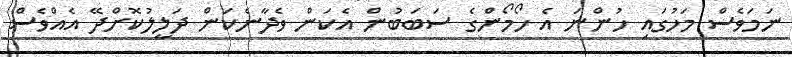
ނަމަވެސް މަހުގައި ހުންނަ އެ ހޯމޯންގެ ސަބަބުން އެކަން ވެދާނެކަން ދަލީލުކޮށްދޭ އެއްވެސް